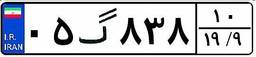
۰۵گ۸۳۸۱۰